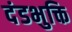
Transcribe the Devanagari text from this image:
दंडभुक्ति